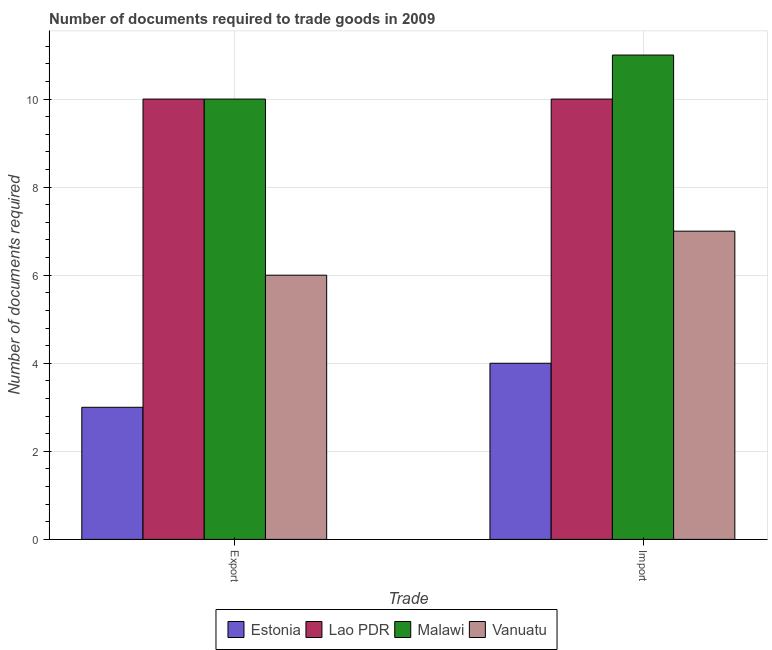
| Trade | Estonia | Lao PDR | Malawi | Vanuatu |
 | --- | --- | --- | --- | --- |
 | Export | 3 | 10 | 10 | 6 |
 | Import | 4 | 10 | 11 | 7 |